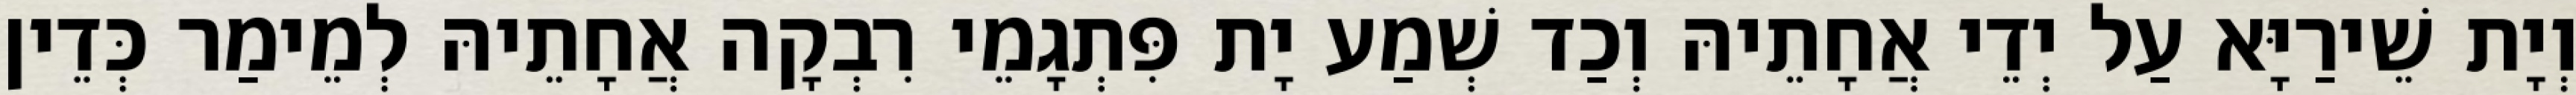
וְיָת שֵׁירַיָּא עַל יְדֵי אֲחָתֵיהּ וְכַד שְׁמַע יָת פִּתְגָמֵי רִבְקָה אֲחָתֵיהּ לְמֵימַר כְּדֵין